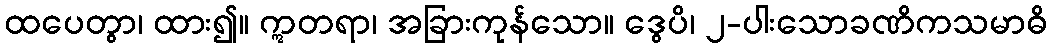
ထပေတွာ၊ ထား၍။ ဣတရာ၊ အခြားကုန်သော။ ဒွေပိ၊ ၂-ပါးသောခဏိကသမာဓိ